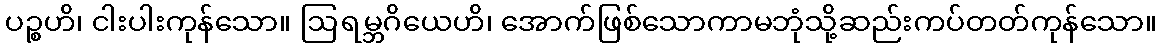
ပဉ္စဟိ၊ ငါးပါးကုန်သော။ ဩရမ္ဘဂိယေဟိ၊ အောက်ဖြစ်သောကာမဘုံသို့ဆည်းကပ်တတ်ကုန်သော။